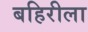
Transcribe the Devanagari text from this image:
बहिरीला